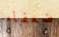
ضعفاء